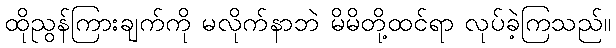
ထိုညွန်ကြားချက်ကို မလိုက်နာဘဲ မိမိတို့ထင်ရာ လုပ်ခဲ့ကြသည်။